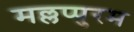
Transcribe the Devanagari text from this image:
मल्लप्पुरम